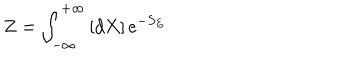
Z = \int _ { - \infty } ^ { + \infty } \left[ d X \right] e ^ { - S _ { E } }